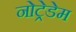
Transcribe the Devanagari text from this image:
नोट्रेडेम